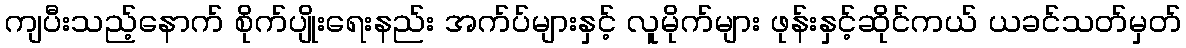
ကျပီးသည့်နောက် စိုက်ပျိုးရေးနည်း အက်ပ်များနှင့် လူမိုက်များ ဖုန်းနှင့်ဆိုင်ကယ် ယခင်သတ်မှတ်